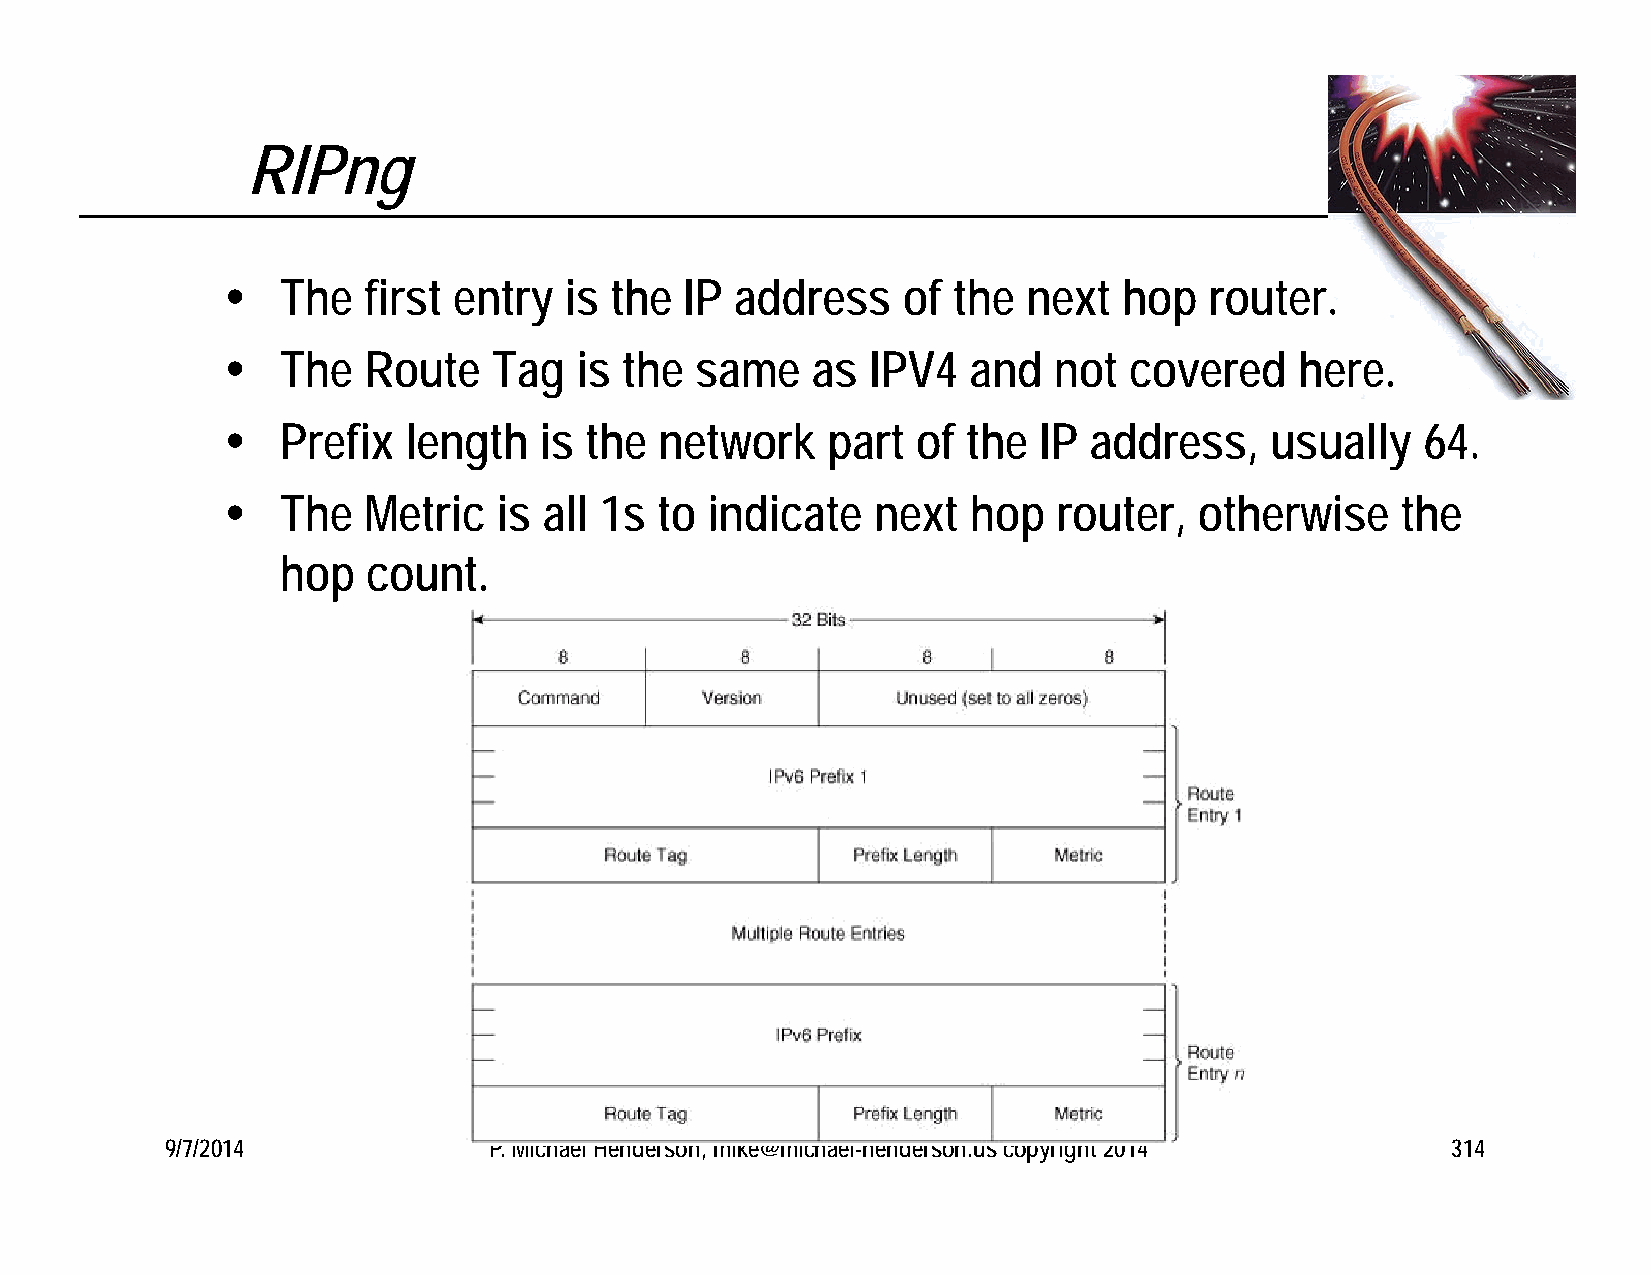
RIPng
    The  first entry  is the  IP  address    of the  next  hop   router.
    The  Route    Tag  is the  same    as  IPV4  and   not  covered    here.
    Prefix  length   is the  network    part  of the  IP address,    usually   64.
    The  Metric   is all 1s  to indicate   next  hop   router,  otherwise     the
 hop  count.
 9/7/2014             P. Michael Henderson, mike@michael-henderson.us copyright 2014  314